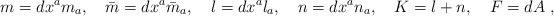
LaTeX: \begin{align*} m= dx^a m_a,\quad \bar m= dx^a \bar m_a,\quad l= dx^a l_a,\quad n= dx^a n_a,\quad K = l+n, \quad F = dA \ ,\end{align*}